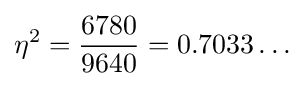
\eta ^{2}={\frac {6780}{9640}}=0.7033\ldots